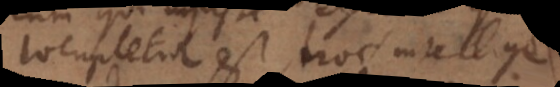
locupletior est, hoc intellige,